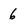
Character: 6